Annual report of the Punjab Veterinary College and of the Civil Veterinary Department, Punjab - 1894-1908
Year: 1894
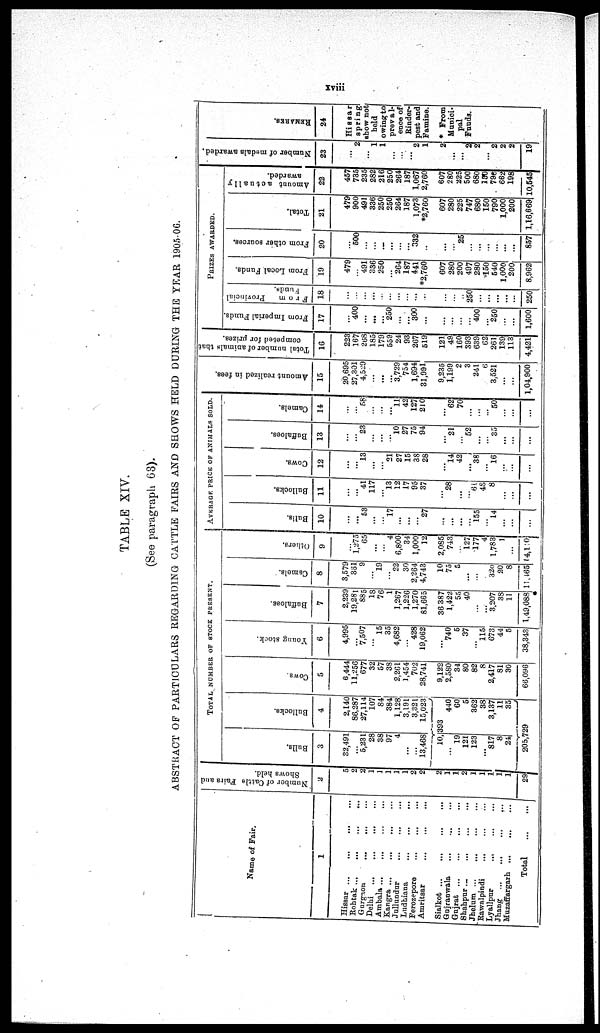
xviii
TABLE XIV.
(See paragraph 63).
ABSTRACT OF PARTICULARS REGARDING CATTLE FAIRS AND SHOWS HELD DURING THE YEAR 1905-06.
Name of Fair.
1
Hissar ... ... ... ...
Rohtak
...
...
...
...
Gurgaon ... ... ...
Delhi ... ... ... ...
Ambala
...
...
...
...
Kangra ... ... ... ...
Jullundur ... ... ...
Ludhiana ... ... ...
Ferozepore ... ... ...
Amritsar ... ... ...
Sialkot
...
...
...
...
Gnjranwala ... ... ...
Gujrat ...
...
...
...
Shahpur
...
...
...
...
Jhelum ... ... ... ...
Rawalpindi
Lyallpur ... ... ...
Jhang ...
...
...
...
Muzaffargarh
...
...
...
Total
...
...
Number of Cattle Pairs and
Shows held.
2
5
2
2
1
1
1
1
1
2
2
2
1
1
2
1
1
1
1
1
29
TOTAL NUMBER OF STOCK PRESENT.
Bulls.
3
82,491
...
5,231
28
38
97
4
...
...
13,468
10, 393
...
19
121
123
...
817
8
24
Bullocks.
4
2,140
86,287
27,114
107
84
384
1,128
3,191
3,321
15,023
440
60
5
362
38
3,137
11
35
205,729
Cows.
5
6,444
11,256
677
32
57
38
2,261
1,454
702
28,741
9,122
2,580
34
80
82
8
2,417
81
30
66,096
Young stock.
6
4,995
...
7,507
...
...
15
35
4,682
...
428
19,062
...
740
5
37
... 115
673
44
5
38,343
Buffaloes.
7
2,239
19,281
885
18
76
1
1,267
1,226
1,270
81,665
36 387
1,422
55
40
...
...
3,207
38
11
1,49,088
Camels.
8
3,579
361
9
...
19
...
...
22
30
2,264
4,743
10
75
5
...
...
...
320
20
8
11,465
Others.
9
...
1,275
65
...
...
...
4
6,800
34
1,000
12
2,085
748
...
127
177
4
1,783
1
...
14,140
AVERAGE PRICE OF ANIMALS SOLD.
Bulls.
10
...
...
53
...
...
...
17
...
...
...
27
...
...
...
...
155
...
14
...
...
...
Bullocks.
11
...
...
41
117
l3 ...
12
17
95
37
...
28
...
...
61
48
8
...
...
...
Cows.
12
...
...
13
...
...
21
27
15
38
28
...
14
42
...
38
...
16
...
...
Buffaloes.
13
...
...
23
...
...
...
10
27
75
94
...
21
...
52
...
...
35
...
...
...
Camels.
14
...
...
58
... ...
...
...
11
42
127
210
...
62
70
...
...
...
50
...
...
...
Amount realized in fees.
15
20,695
27,301
4,529
...
...
...
3,729
754
1,694
31,991
9,235
1,199
2
3
241
6
3,521
... ...
1,04,900
Total number of animals that
competed for prizes.
16
223
167
268
185
179
559
24
93
267
519
121
49
160
393
639
62
261
139
113
4,421
PRIZES AWARDED.
From Imperial Funds.
17
...
400
...
...
...
250
...
...
300
...
...
...
...
...
400
...
250
...
...
...
1,600
From
Provincial
18
...
...
...
...
...
...
...
...
...
...
...
...
...
250
...
...
...
... ...
250
From Local Funds.
19
479
...
491
336
250
...
264
187
441
*2,760
607
280
200
497
280
150
540
1,000
200
8,962
From other sources.
20
...
500
...
...
...
...
...
...
332
...
...
...
25
...
...
...
...
...
...
8,57
Total.
21
479
900
491
336
250
250
264
187
1,073
*2,760
607
280
225
747
680
150
790
1,000
200
1,16,669
Amount actually
awarded.
22
457
735
235
282
216
250
264
187
1,067
2,760
607
280
225
500
680
150
790
662
198
10,545
Number of medals awarded.
23
...
2
...
1
1
...
...
2
1
2
...
...
2
2
...
2
2
2
19
REMARKS.
24
Hissar
spring
show not
held
owing to
preval
ence of
Rinder-
pest and
Famine.
* From
Munici-
pal
Funds.